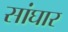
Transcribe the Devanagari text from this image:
सांघार